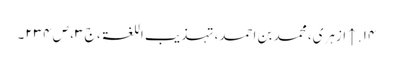
۱۴. ↑ ازہری، محمد بن احمد، تہذیب اللغۃ، ج ۳، ص ۲۳۴۔